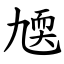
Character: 㐡